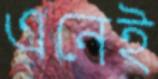
এনেই